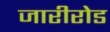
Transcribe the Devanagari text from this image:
जारीरोड